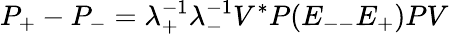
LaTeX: P_{+}-P_{-}=\lambda_{+}^{-1}\lambda_{-}^{-1}V^{*}P(E_{--}E_{+})PV